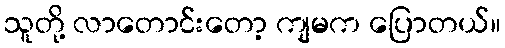
သူတို့ လာတောင်းတော့ ကျမက ပြောတယ်။